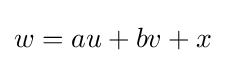
w=au+bv+x